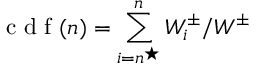
\mathrm { ~ c ~ d ~ f ~ } ( n ) = \sum _ { i = n ^ { \star } } ^ { n } W _ { i } ^ { \pm } / W ^ { \pm }